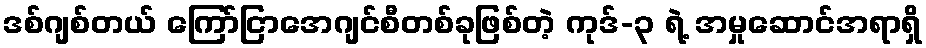
ဒစ်ဂျစ်တယ် ကြော်ငြာအေဂျင်စီတစ်ခုဖြစ်တဲ့ ကုဒ်-၃ ရဲ့ အမှုဆောင်အရာရှိ